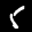
Label: 5